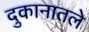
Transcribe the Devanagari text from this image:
दुकानातले